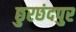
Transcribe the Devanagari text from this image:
छुरछंदपुर